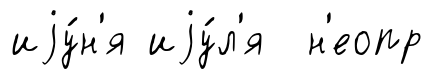
иjу́н'я иjу́л'я н'еопр